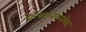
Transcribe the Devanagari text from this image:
कच्चानयनभेद